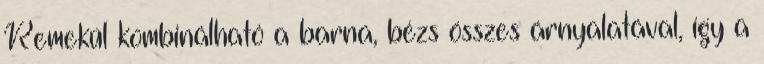
Remekül kombinálható a barna, bézs összes árnyalatával, így a